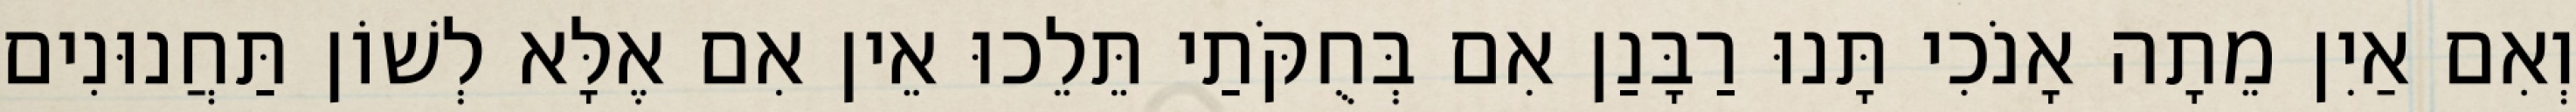
וְאִם אַיִן מֵתָה אָנֹכִי תָּנוּ רַבָּנַן אִם בְּחֻקֹּתַי תֵּלֵכוּ אֵין אִם אֶלָּא לְשׁוֹן תַּחֲנוּנִים